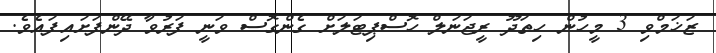
ޒަޚަމްވި 3 މީހުން ހިތަދޫ ރީޖަނަލް ހޮސްޕިޓަލަށް ގެންގޮސް ވަނީ ފަރުވާ ދޭންފަށައިފައެވެ.